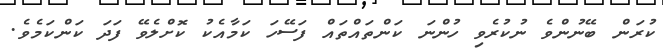
ކުރަން ބޭނުންވެ ނުކުރެވި ހުންނަ ކަންތައްތައް ފަސޭހަ ކަމާއެކު ކޮށްލެވޭ ފަދަ ކަންކަމެވެ.